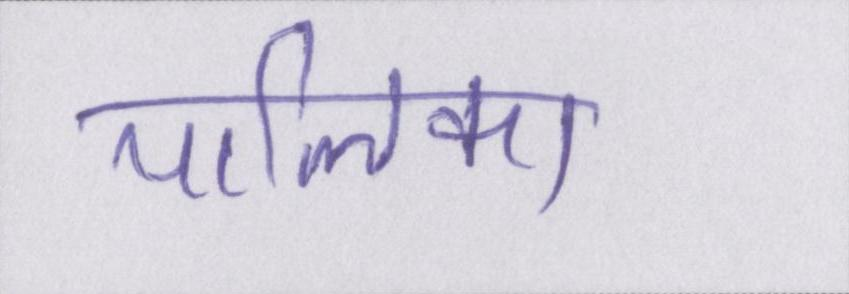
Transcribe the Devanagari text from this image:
पालिका